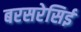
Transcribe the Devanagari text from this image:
बरसरेसिई